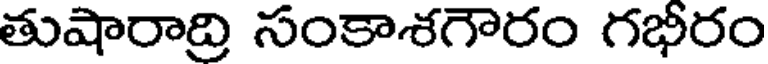
తుషారాద్రి సంకాశగౌరం గభీరం